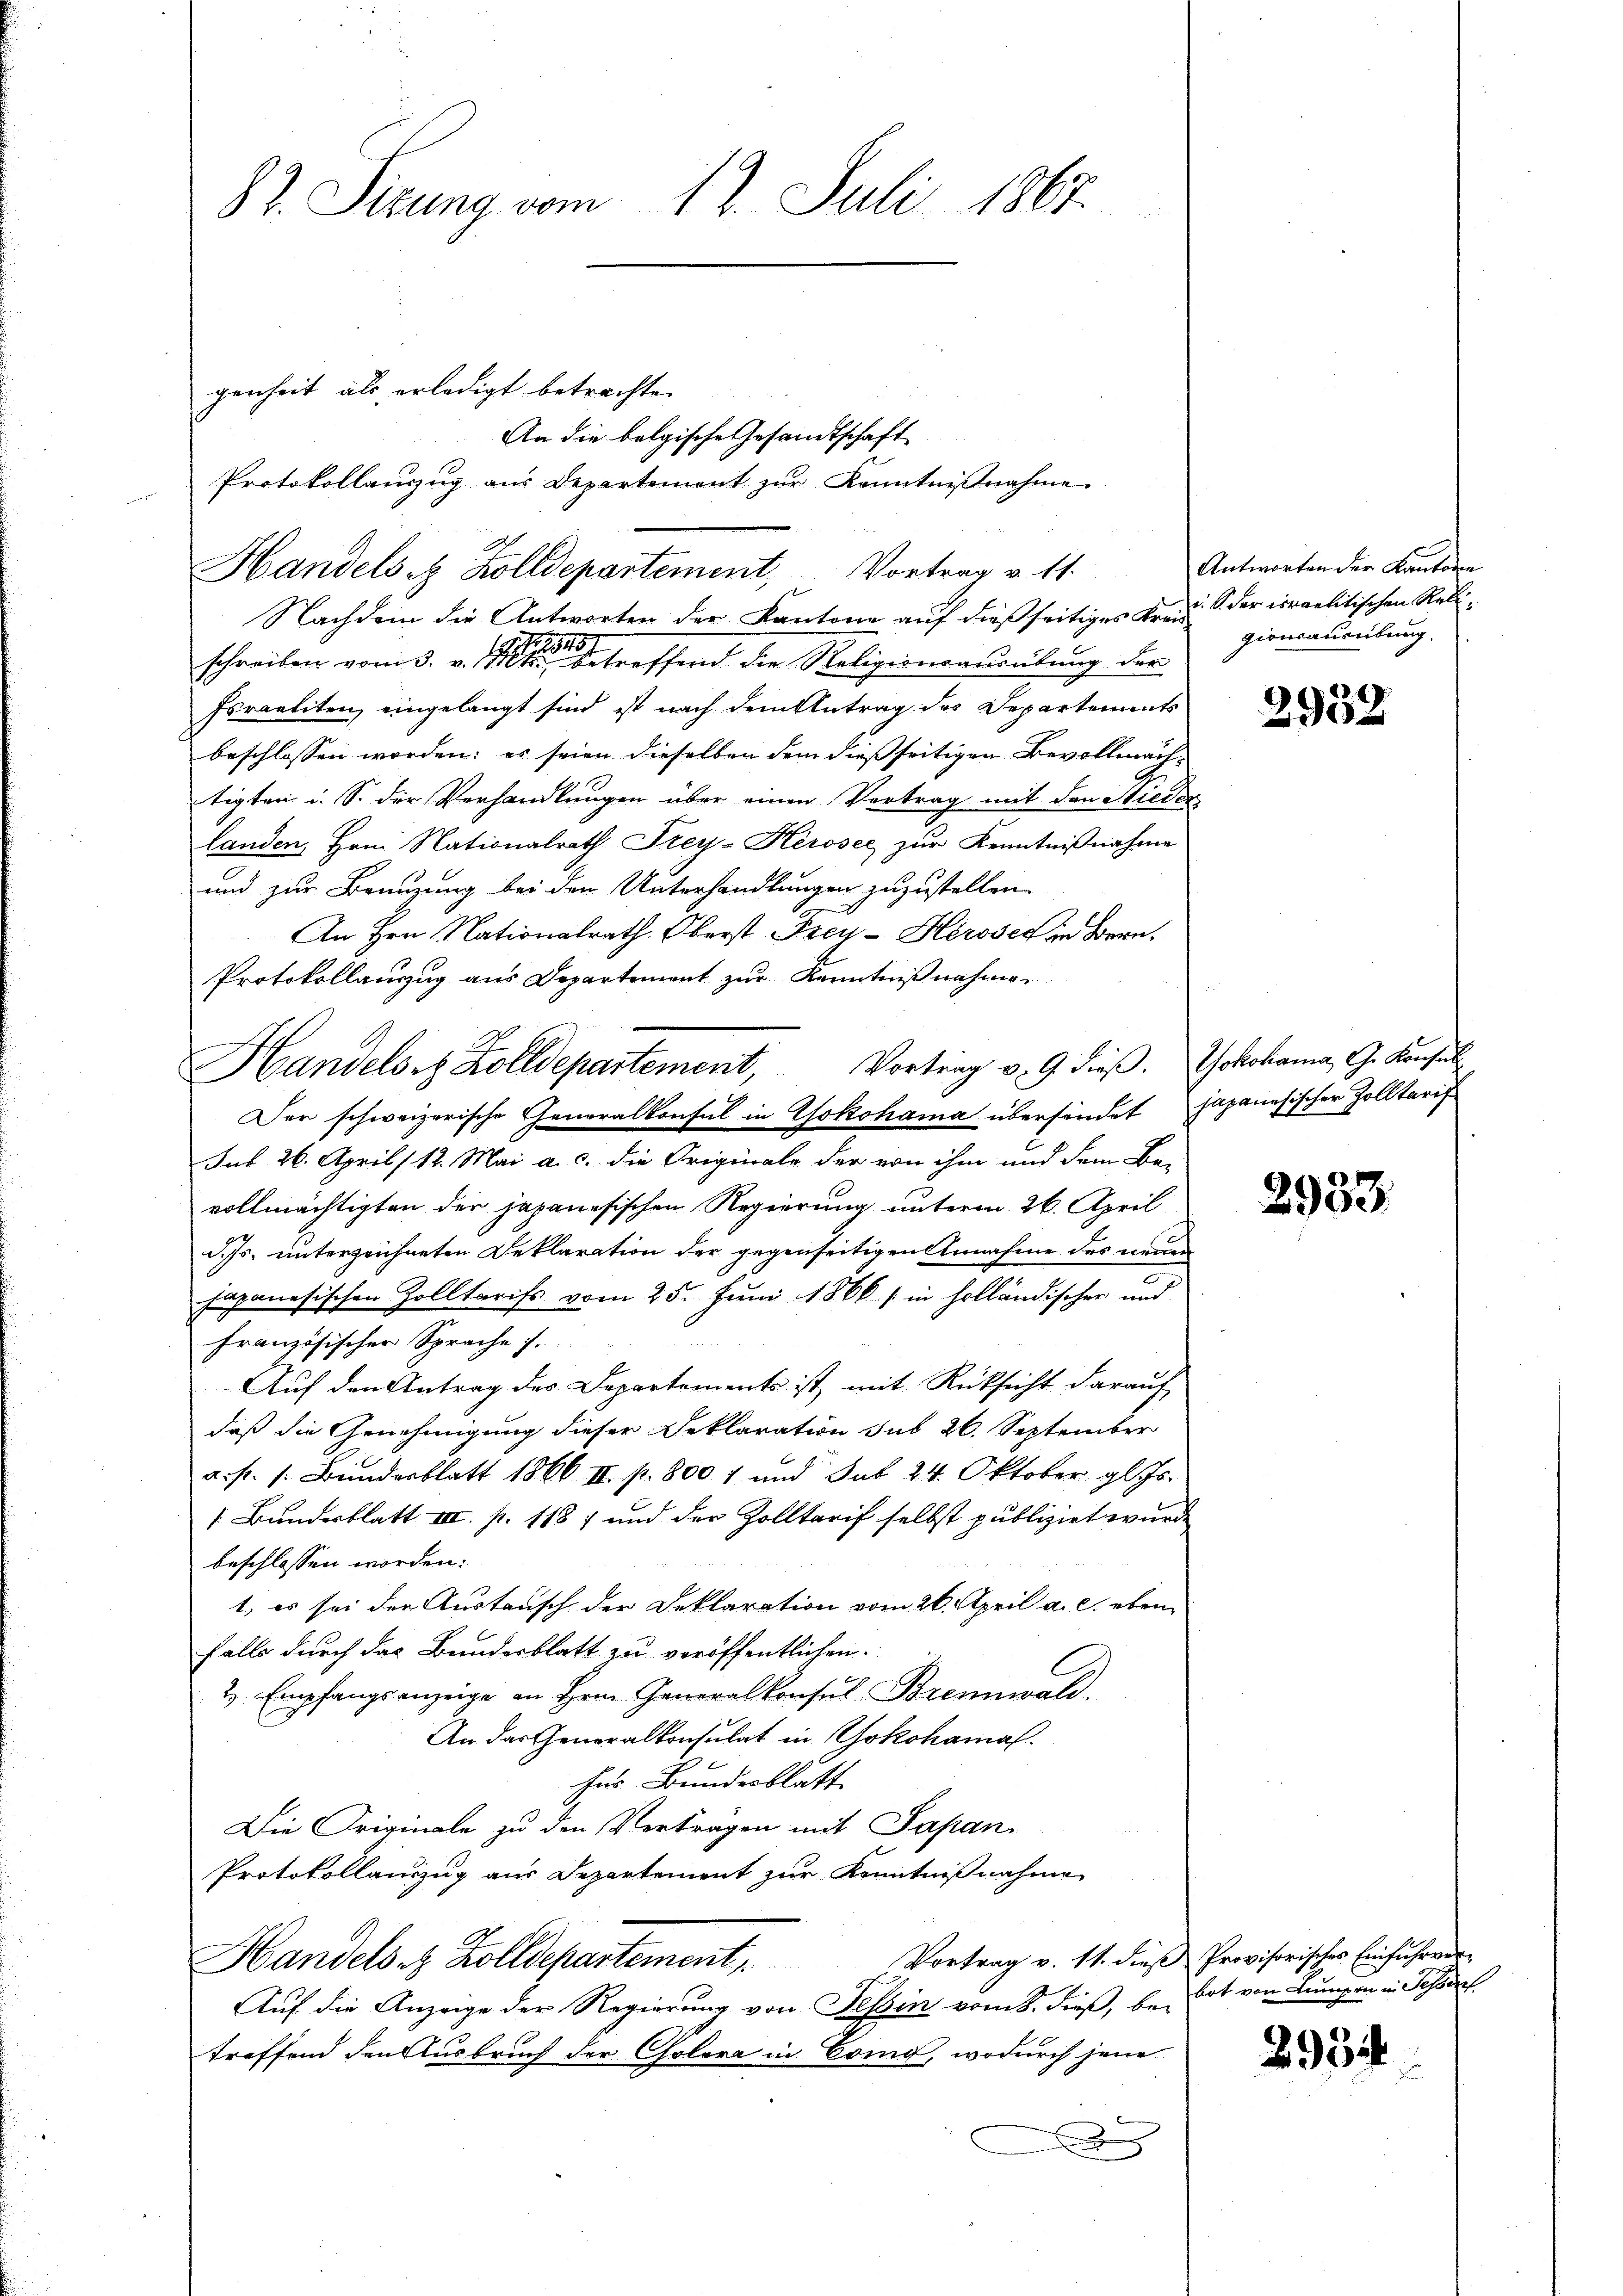
82. Sizung vom 12. Juli 1867.

Protokollauszug aus Departement zŭr Kenntniβnahme
Handelst Zolldepartement, Vortrag v. 11.

genheit als erledigt betrachte.

Nachdem die Antworten der Kantone auf dießseitiges Kreis der israelitischen Relischreiben vom 3. v. M. betreffend der Religionensweilung der
Israeliten, eingelangt sind ist nach dem Antrag des Departements
beschlossen worden; es seien dieselben dem dießseitigen Bevollmächtigten u. S. der Verhandlungen über einen Vertrag mit den Stieder
landen, Hrn. Nationalrath Frey-Kerosee zur Kenntnißnahme
und zur Brauzung bei den Unterhandlungen zuzustellen.
An Hrn. Nationalrath Oberst Frey- Hérose in Bern.
Der schweizerische Generalkonsul in Yokohama überfindet japanesischer Zolltarif
Sub 26. April /12. Mai a. c. die Originale der von ihm und dem Be-
vollmächtigten der japanesischen Regierung unterm 26. April
d. Js. unterzeichneten Deklaration der gegenseitigen Annahme des neuen
japanesischen Zolltarifs vom 25. Juni 1866 in holländischer und
französischer Sprache s.
Auf den Antrag des Departements ist mit Rücksicht darauf
daß die Genehmigung dieser Reklaration sub 26. September
a. pr. s. Bunderblatt 1866 II. p. 800 1 und Sat. 24. Oktober gl. Js.
/. Bundesblatt III. p. 1187 und der Zolltarif selbst publizirt wurde
beschlossen worden.
1., es sei der Austausch der Deklaration vom 26. April a. c. eben
falls durch das Bundesblatt zu veröffentlichen.
2 Empfangsanzeige an Hrn. Generalkonsul Brennwald
An das Generalkonsulat in Yokohamal
für Bundesblatt
Die Originale zu den Vertragen mit Papan
Protokollanzug aus Departement zur Kenntnißnahme,
Vortrag v. 11. dieß Provisorisches Einfuhrver-
Handels z. Zolldepartement,
Auf die Anzeige der Regierung von Tessin vom 8. dieß, betreffend den Ausbruch der Cholera in Brig, wodurch jene
x

An die belgische Gesandtschaft

Protokollauszug aus Departement zur Kenntnißnahme.
Handelsr. Zolldepartement, Vortrag v. 9. dieβ. Yokohama, G. Konsuls

Antworten der Kantone
gionsausübung.

2952

2933.

bot von Lumpen in Schärf

2954